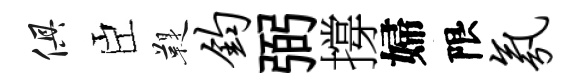
俱臣鞮钧弼撐婦限氛